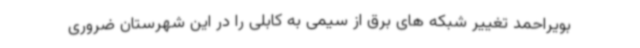
بویراحمد تغییر شبکه های برق از سیمی به کابلی را در این شهرستان ضروری